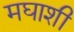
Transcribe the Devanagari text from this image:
मघाशी